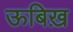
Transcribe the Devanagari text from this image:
ऊबिख़